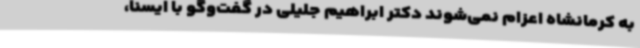
به کرمانشاه اعزام نمی‌شوند دکتر ابراهیم جلیلی در گفت‌وگو با ایسنا،